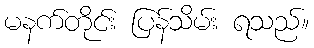
မနက်တိုင်း ပြန်သိမ်း ရသည်။